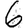
Digit: 6